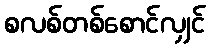
စလစ်တစ်စောင်လျှင်